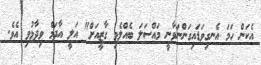
އެކަން ހަމަ އެނގިވަޑައިގަންނަވާނީ މައްސަލަ ބެއްލެވި ގާޒީއަށް" އަލީ އާދަމް ވިދާޅުވި އެވެ.